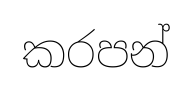
කරපන්